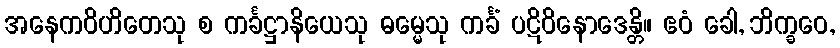
အနေကဝိဟိတေသု စ ကင်္ခဋ္ဌာနိယေသု ဓမ္မေသု ကင်္ခံ ပဋိဝိနောဒေန္တိ။ ဧဝံ ခေါ, ဘိက္ခဝေ,